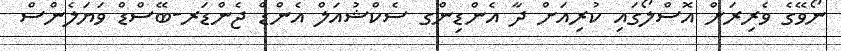
ނޯވޭގެ ވެރިރަށް އޮސްލޯގައި ކުރިއަށް ދާ އެންޑިންގ ސެކްޝުއަލް އެންޑް ޖެންޑަރ-ބޭސްޑް ވަޔަލެންސް